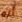
أنه